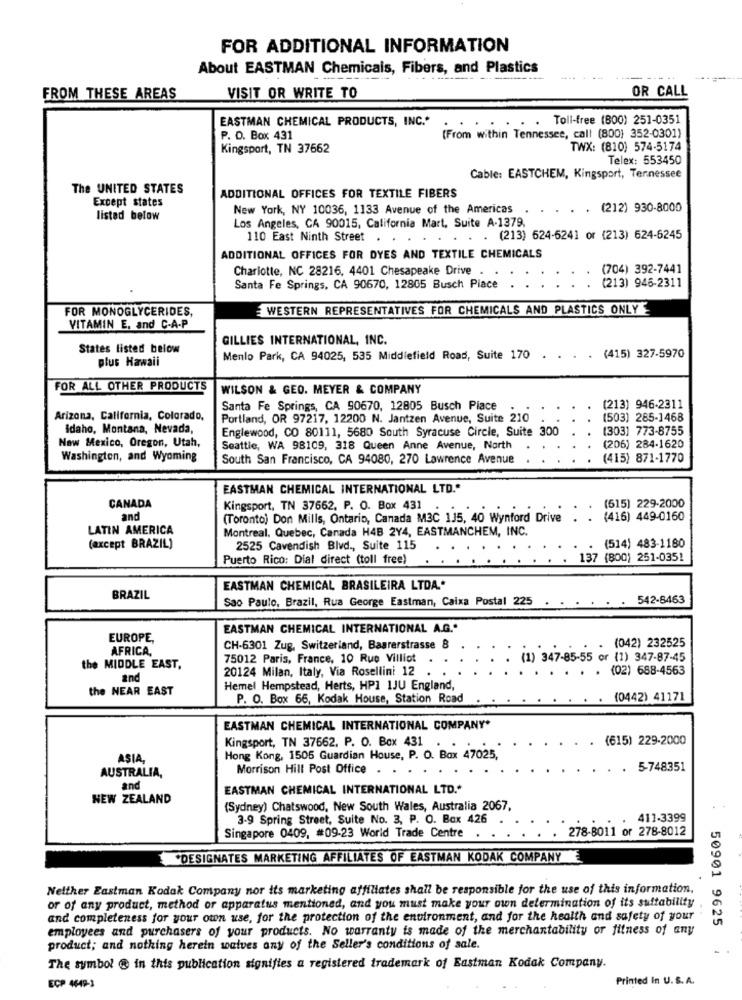
FOR ADDITIONAL INFORMATION
About EASTMAN Chemicals, Fibers, and Plastics
VISIT OR WRITE TO
OR CALL
FROM THESE AREAS
EASTMAN CHEMICAL PRODUCTS, INC."
. . Toll-free (800) 251-0351
P. O. Box 431
(From within Tennessee, call (800) 352-0301)
Kingsport, TN 37662
TWX: (810) 574-5174
Telex: 553450
Cable: EASTCHEM, Kingsport, Tennessee
The UNITED STATES
Except states
ADDITIONAL OFFICES FOR TEXTILE FIBERS
New York, NY 10036, 1133 Avenue of the Americas . . . . . (212) 930-8000
listed below
Los Angeles, CA 90015, California Mart, Suite A-1379,
110 East Ninth Street
. (213) 624-6241 or (213) 624-6245
ADDITIONAL OFFICES FOR DYES AND TEXTILE CHEMICALS
Charlotte, NC 28216, 4401 Chesapeake Drive .
(704) 392-7441
(213) 946-2311
Santa Fe Springs, CA 90670, 12805 Busch Place
FOR MONOGLYCERIDES,
WESTERN REPRESENTATIVES FOR CHEMICALS AND PLASTICS ONLY
VITAMIN E, and C-A-P
GILLIES INTERNATIONAL, INC.
States listed below
plus Hawaii
Menlo Park, CA 94025, 535 Middlefield Road, Suite 170 . . . . (415) 327-5970
FOR ALL OTHER PRODUCTS
WILSON & GEO. MEYER & COMPANY
Santa Fe Springs, CA 90670, 12805 Busch Piace
(213) 946-2311
Arizona, California, Colorado,
Portland, OR 97217, 12200 N. Jantzen Avenue, Suite 210
(503) 285-1468
idaho, Montana, Nevada,
Englewood, CO 80111, 5680 South Syracuse Circle, Suite 300
(303] 773-8755
New Mexico, Oregon, Utah,
Seattle, WA 98109, 318 Queen Anne Avenue, North
(205) 284-1620
Washington, and Wyoming
South San Francisco, CA 94080, 270 Lawrence Avenue
(415) 871-1770
EASTMAN CHEMICAL INTERNATIONAL LTD .*
CANADA
Kingsport, TN 37662, P. O. Box 431
(615) 229-2000
and
(Toronto) Don Mills, Ontario, Canada M3C 135, 40 Wynford Drive
(416) 449-0160
LATIN AMERICA
Montreal, Quebec, Canada H4B 2Y4, EASTMANCHEM, INC.
(514) 483-1180
(except BRAZIL)
2525 Cavendish Blvd ., Suite 115
Puerto Rico: Dial direct (toll free)
137 (800) 251-035!
EASTMAN CHEMICAL BRASILEIRA LTDA .*
BRAZIL
542-8463
Sao Paulo, Brazil, Rua George Eastman, Caixa Postal 225 . . . . . .
EASTMAN CHEMICAL INTERNATIONAL A.G."
EUROPE,
AFRICA,
CH-6301 Zug, Switzerland, Baarerstrasse 8
(042) 232525
75012 Paris, France, 10 Rue Villiot
(1) 347-85-55 or (1) 347-87-45
the MIDDLE EAST,
20124 Milan, Italy, Via Rosellini 12
(02) 688-4563
and
the NEAR EAST
Hemel Hempstead, Herts, HP1 1JU England,
P. O. Box 66, Kodak House, Station Road
(0442) 41171
EASTMAN CHEMICAL INTERNATIONAL COMPANY*
(615) 229-2000
Kingsport, TN 37662, P. O. Box 431 . .
ASIA,
Hong Kong, 1505 Guardian House, P. O. Box 47025,
AUSTRALIA,
Morrison Hill Post Office . .
5-748351
and
EASTMAN CHEMICAL INTERNATIONAL LTD .*
NEW ZEALAND
(Sydney) Chatswood, New South Wales, Australia 2067,
3-9 Spring Street, Suite No. 3, P. O. Box 426
411-3399
278-8011 or 278-8012
Singapore 0409, #09-23 World Trade Centre
DESIGNATES MARKETING AFFILIATES OF EASTMAN KODAK COMPANYE
Neither Eastman Kodak Company nor its marketing affiliates shall be responsible for the use of this information.
or of any product, method or apparatus mentioned, and you must make your own determination of its suitability
and completeness for your own use, for the protection of the environment, and for the health and safety of your
50901 9625
employees and purchasers of your products. No warranty is made of the merchantability or fitness of any
product; and nothing herein waives any of the Seller's conditions of sale.
The symbol @ in this publication signifies a registered trademark of Eastman Kodak Company.
Printed In U.S. A.
ECP 4649-1